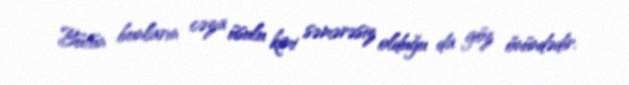
Bütün bunların cəza üsulu kimi səmərəsiz olduğu da göz önündədir.